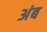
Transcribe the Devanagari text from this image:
अंब